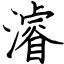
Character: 濬